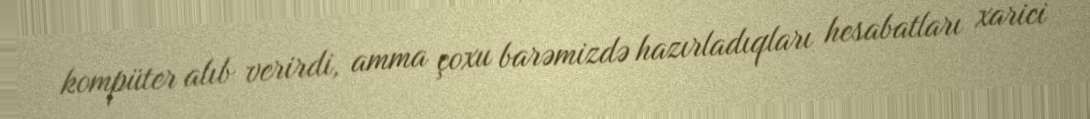
kompüter alıb verirdi, amma çoxu barəmizdə hazırladıqları hesabatları xarici